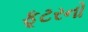
ફૂટરનો